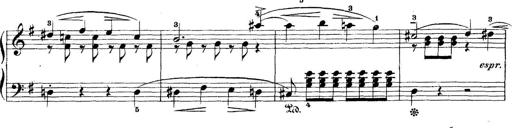
Title: 5 Sonatinas
Composer: Theodor Kirchner